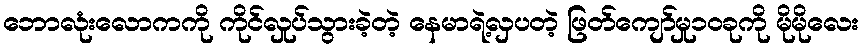
ဘောလုံးလောကကို ကိုင်လှုပ်သွားခဲ့တဲ့ နေမာရဲ့လှပတဲ့ ဖြတ်ကျော်မှု၁၀ခုကို မိုမိုလေး